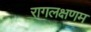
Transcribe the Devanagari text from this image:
रागलक्षणम